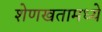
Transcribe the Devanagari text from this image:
शेणखतामध्ये